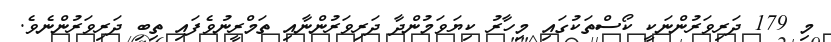
މި 179 ދަރިވަރުންނަކީ ކޯސްތަކުގައި މިހާރު ކިޔަވަމުންދާ ދަރިވަރުންނާއި ތަމްރީނުވެފައި ތިބި ދަރިވަރުންނެވެ.